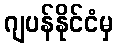
ဂျပန်နိုင်ငံမှ